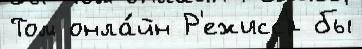
Том онла́йн Р'ежисс'́р бы